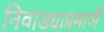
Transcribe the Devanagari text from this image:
निवाड्याप्रमाणें